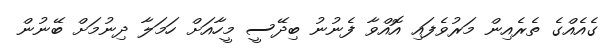
ގެއެއްގެ ތެރެއިން މަރުވެފައި އޮއްވާ ފެނުނު ބިދޭސީ މީހާއަށް ހަމަލާ ދިނުމަށް ބޭނުން